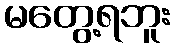
မတွေ့ရဘူး